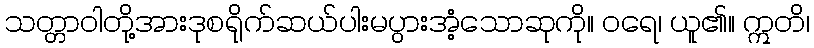
သတ္တာဝါတို့အားဒုစရိုက်ဆယ်ပါးမပွားအံ့သောဆုကို။ ဝရေ၊ ယူ၏။ ဣတိ၊